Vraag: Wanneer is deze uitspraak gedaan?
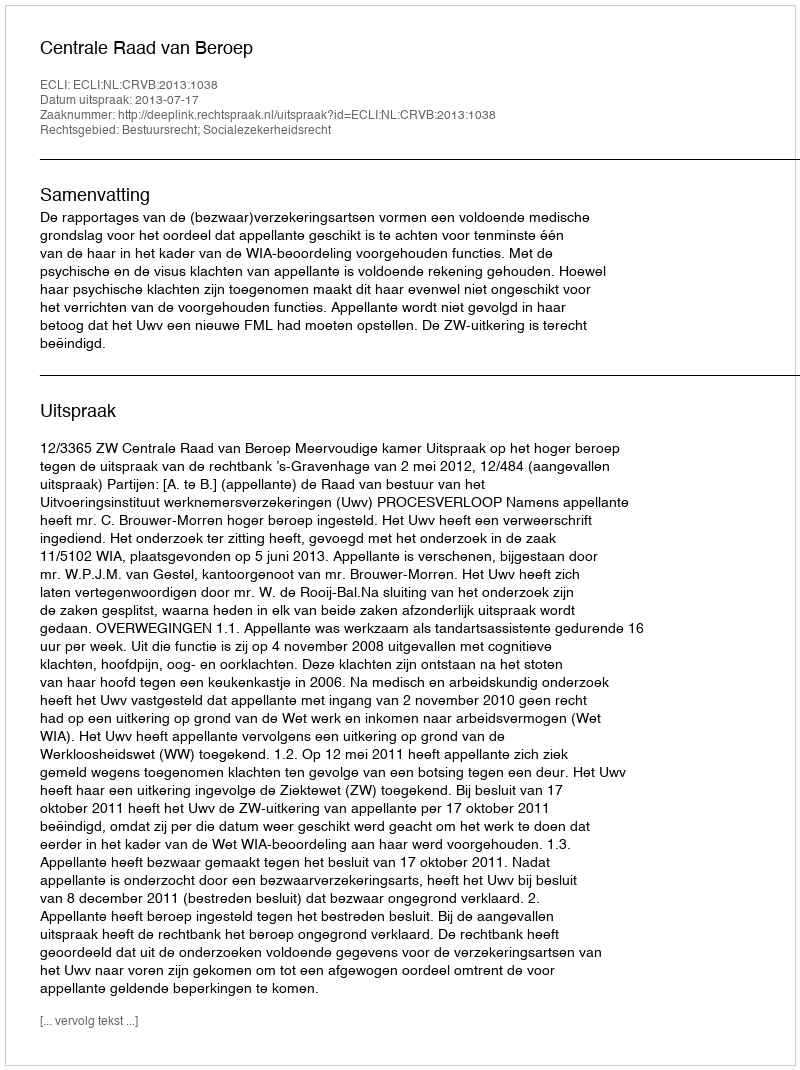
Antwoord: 2013-07-17